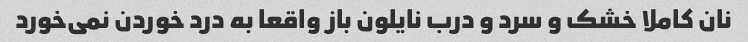
نان کاملا خشک و سرد و درب نایلون باز واقعا به درد خوردن نمی‌خورد